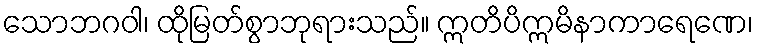
သောဘဂဝါ၊ ထိုမြတ်စွာဘုရားသည်။ ဣတိပိဣမိနာကာရေဏေ၊